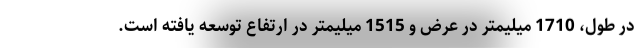
در طول، 1710 میلیمتر در عرض و 1515 میلیمتر در ارتفاع توسعه یافته است.